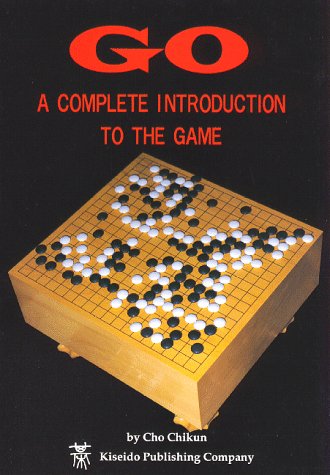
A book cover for Go: A Complete Introduction to the Game (Beginner and Elementary Go Books); Chikun Cho; Humor & Entertainment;